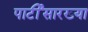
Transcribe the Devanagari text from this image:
पार्टीसारख्या